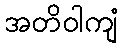
အတိဝါကျံ